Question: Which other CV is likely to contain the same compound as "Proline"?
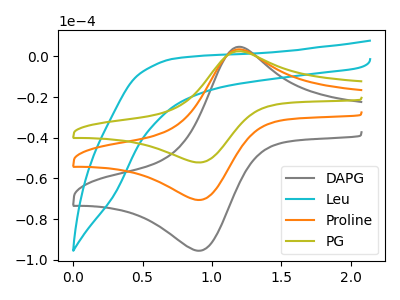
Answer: <think>The gray curve "DAPG" has an anodic peak at (1.15V, 4.35uA) and a cathodic peak at (0.90V, -95.50uA). The cyan curve "Leu" has no peaks. The orange curve "Proline" has an anodic peak at (1.15V, 3.20uA) and a cathodic peak at (0.90V, -70.55uA). The olive curve "PG" has an anodic peak at (1.15V, 6.40uA) and a cathodic peak at (0.90V, -141.15uA).
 "DAPG" and "Leu" have a different number of peaks. All the peaks in "DAPG" have a peak in "Proline" at the same potential. Every peak in "DAPG" is higher than every peak in "Proline". All the peaks in "DAPG" have a peak in "PG" at the same potential. Every peak in "DAPG" is lower than every peak in "PG". "Leu" and "Proline" have a different number of peaks. "Leu" and "PG" have a different number of peaks. All the peaks in "Proline" have a peak in "PG" at the same potential. Every peak in "Proline" is lower than every peak in "PG".</think>
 <answer>"Proline" and "PG" have a similar shape to "DAPG".</answer>
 <eval>"Proline" "PG"</eval>